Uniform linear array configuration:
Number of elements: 24
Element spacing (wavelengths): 0.25
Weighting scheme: uniform
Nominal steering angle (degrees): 60
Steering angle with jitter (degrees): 59.081
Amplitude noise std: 0.05
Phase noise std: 0.05

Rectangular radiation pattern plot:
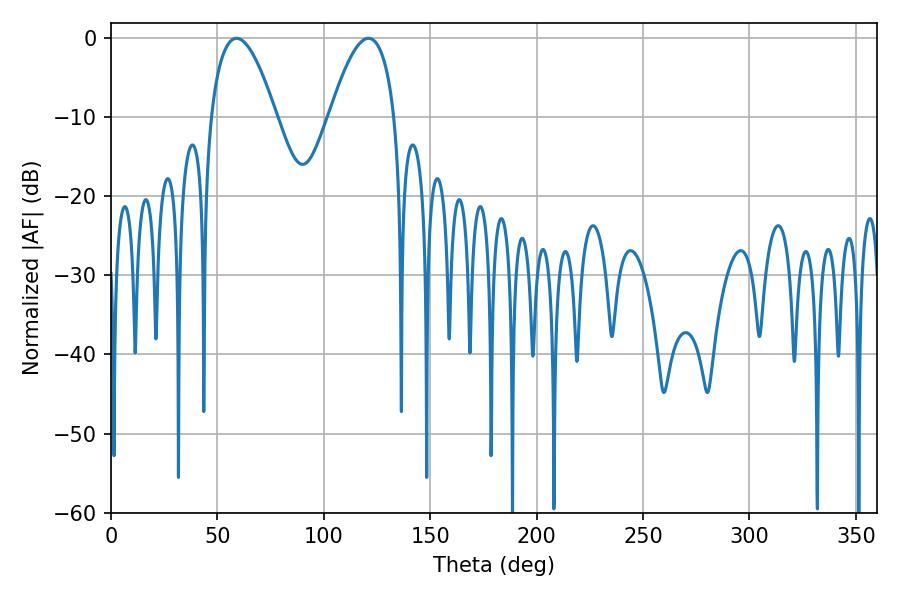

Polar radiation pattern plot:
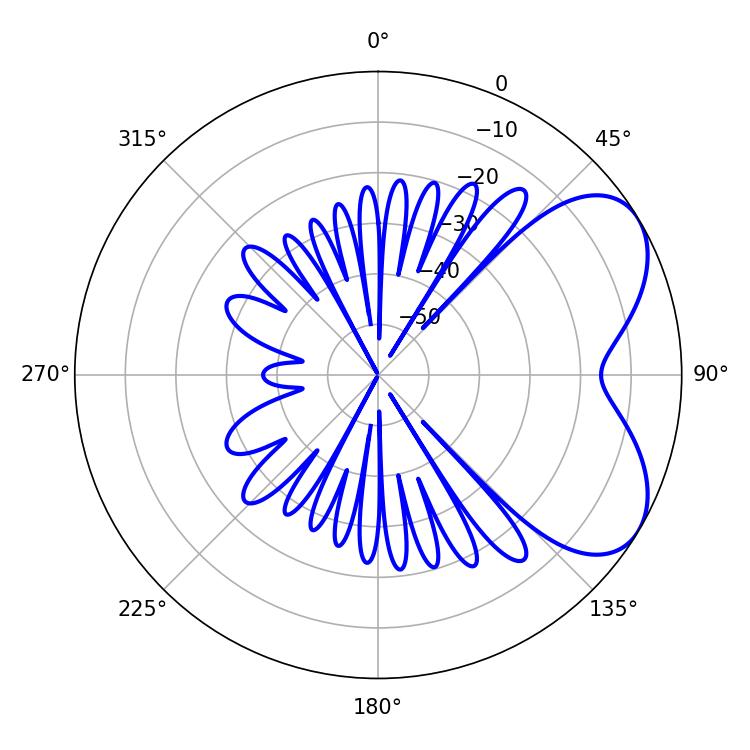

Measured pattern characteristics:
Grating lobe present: FALSE
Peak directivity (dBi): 5.524
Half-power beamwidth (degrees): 16.92
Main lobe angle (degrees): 120.96